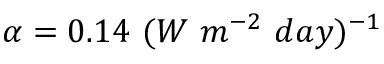
\alpha = 0 . 1 4 ~ ( W ~ m ^ { - 2 } ~ d a y ) ^ { - 1 }